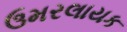
ઉમરલાયક